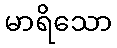
မာရိသော